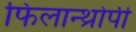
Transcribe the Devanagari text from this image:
फिलान्थ्रोपी